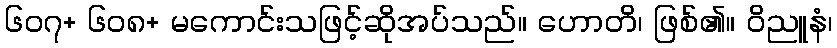
၆၀၇+ ၆၀၈+ မကောင်းသဖြင့်ဆိုအပ်သည်။ ဟောတိ၊ ဖြစ်၏။ ဝိညူနံ၊